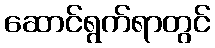
ဆောင်ရွက်ရာတွင်